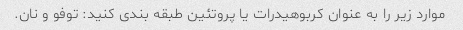
موارد زیر را به عنوان کربوهیدرات یا پروتئین طبقه بندی کنید: توفو و نان.